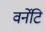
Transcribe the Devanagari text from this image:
वर्नेटि